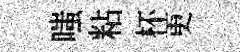
嗤粘杯更